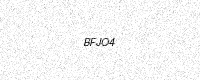
Text: BFJO4